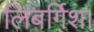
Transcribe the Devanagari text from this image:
लिंबर्गिश।